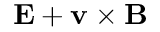
\mathbf { E } + \mathbf { v } \times \mathbf { B }